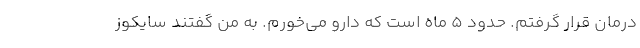
درمان قرار گرفتم. حدود ۵ ماه است که دارو می‌خورم. به من گفتند سایکوز